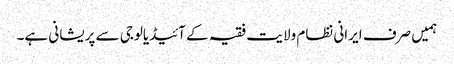
ہمیں صرف ایرانی نظام ولایت فقیہ کے آئیڈیالوجی سے پریشانی ہے۔